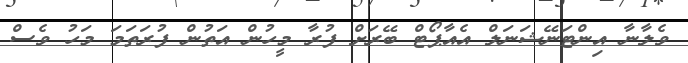
ވެލާނާ އިންޓަނޭޝަނަލް އެއާޕޯޓް ބޭރަށް ފުރާ މީހުން އަތުން ފުރަތަމަ މަހު ވެސް